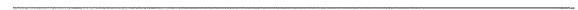
___